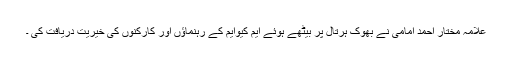
علامہ مختار احمد امامی نے بھوک ہرتال پر بیٹھے ہوئے ایم کیوایم کے رہنماؤں اور کارکنوں کی خیریت دریافت کی ۔